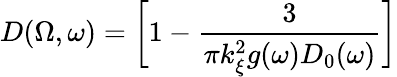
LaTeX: D(\Omega,\omega)=\bigg[1-\frac{3}{\pi k_{\xi}^{2}g(\omega)D_{0}(\omega)}\bigg]